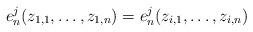
LaTeX: \begin{align*}e_n^j(z_{1, 1}, \dots, z_{1, n}) = e_n^j(z_{i, 1}, \dots, z_{i, n})\end{align*}